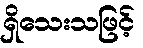
ရှိသေးသဖြင့်